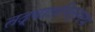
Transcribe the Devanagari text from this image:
तद्बालमित्रमथ